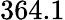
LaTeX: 364.1